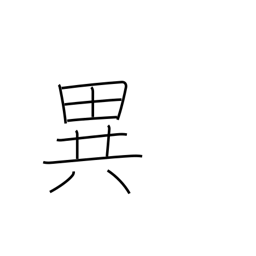
Meaning: uncommon